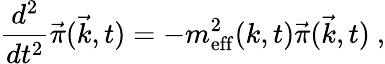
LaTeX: \frac{d^{2}}{dt^{2}}\vec{\pi}(\vec{k},t)=-m_{\mathrm{eff}}^{2}(k,t)\vec{\pi}(\vec{k},t)\ ,